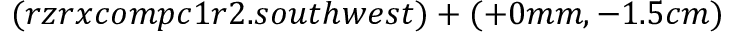
( r z r x c o m p c 1 r 2 . s o u t h w e s t ) + ( + 0 m m , - 1 . 5 c m )